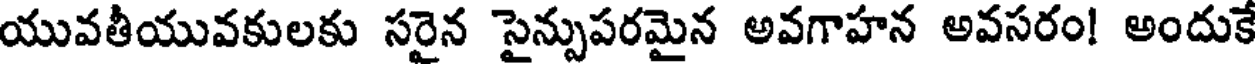
యువతీయువకులకు సరైన సైన్పుపరమైన అవగాహన అవసరం! అందుకే